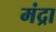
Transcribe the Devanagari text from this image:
मंद्रा